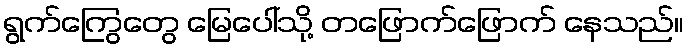
ရွက်ကြွေတွေ မြေပေါ်သို့ တဖြောက်ဖြောက် နေသည်။